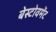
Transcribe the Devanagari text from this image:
बेस्टोवमेंट